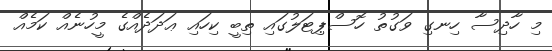
މި ހާދިސާ ހިނގި ވަގުތު ހޮސްޕިޓަލުގައި ތިބީ ކިހައި ޢަދަދެއްގެ މީހުނެއް ކަމެއް